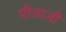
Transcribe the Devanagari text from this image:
पीलाजी